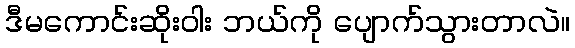
ဒီမကောင်းဆိုးဝါး ဘယ်ကို ပျောက်သွားတာလဲ။